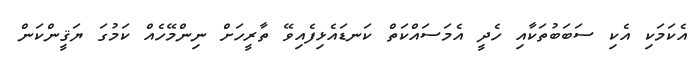
އެކަމަކި އެކި ސަބަބުތަކާއި ހެދީ އެމަސައްކަތް ކަނޑައެޅިފެއިވޭ ތާރީހަށް ނިންމޭހެއް ކަމުގަ ޔަޤީންކަން